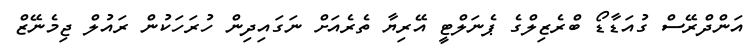
އަންދްރޭސް ގުއަޑާޑޯ ބްރެޒިލްގެ ޕެނަލްޓީ އޭރިޔާ ތެރެއަށް ނަގައިދިން ހުރަހަކުން ރައުލް ޖިމެނޭޒް